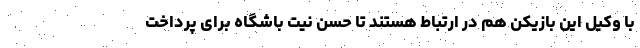
با وکیل این بازیکن هم در ارتباط هستند تا حسن نیت باشگاه برای پرداخت